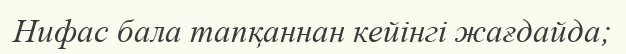
Нифас бала тапқаннан кейінгі жағдайда;